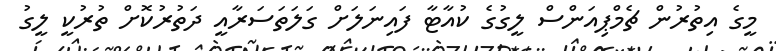
މީގެ އިތުރުން ޗެމްޕިއަންސް ލީގުގެ ކުއާޓާ ފައިނަލަށް ގަލަތަސަރާއީ ދަތުރުކޮށް ތުރުކީ ލީގު